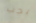
يجب